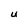
Character: U